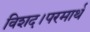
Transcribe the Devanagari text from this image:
विशद।परमार्थ